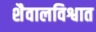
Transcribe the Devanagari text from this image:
शैवालविश्वात